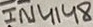
Text: 1N4148